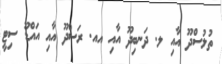
ތުލުސްދޫ އާއި ލ. ދަނބިދޫ އާއި އއ. ރަސްދޫ އާއި އައްޑޫ ސިޓީ